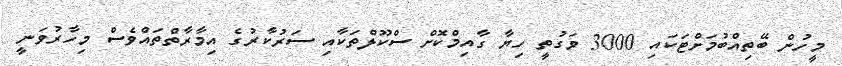
މީހުން ބޭތިއްބުމަށްޓަކައި 3000 ވަގުތީ ހިޔާ ގާއިމްކޮށް ސްކޫލްތަކާއި ސަރުކާރުގެ އިމާރާތްތައްވެސް މިހާރުވަނީ